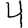
Digit: 4